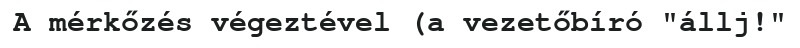
A mérkőzés végeztével (a vezetőbíró "állj!"